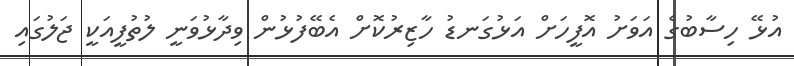
އުޅޭ ހިސާބުގެ އަވަށު އޮފީހަށް އަޅުގަނޑު ހާޒިރުކޮށް އެބޭފުޅުން ވިދާޅުވަނީ ލުތުފީއަކީ ޖަލުގައި